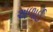
અળાઈ